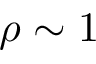
\rho \sim 1